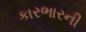
કારભારની